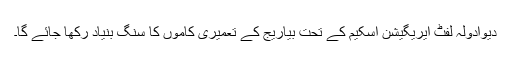
دیوادولہ لفٹ ایریگیشن اسکیم کے تحت بیاریج کے تعمیری کاموں کا سنگ بنیاد رکھا جائے گا۔